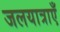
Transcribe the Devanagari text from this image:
जलयात्राएँ